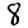
Digit: 8